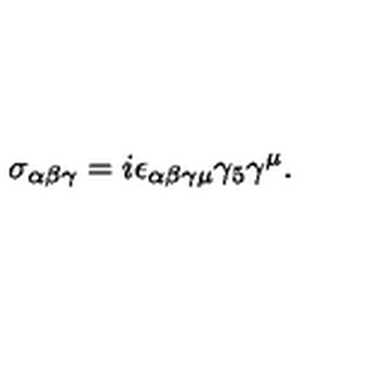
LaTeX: \sigma _ { \alpha \beta \gamma } = i \epsilon _ { \alpha \beta \gamma \mu } \gamma _ { 5 } \gamma ^ { \mu } .